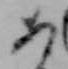
あ